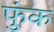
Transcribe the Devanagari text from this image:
फुंक